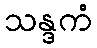
သန္ဒကံ